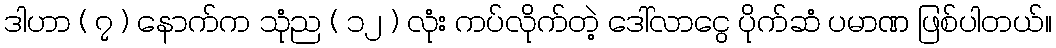
ဒါဟာ ( ၇ ) နောက်က သုံည ( ၁၂ ) လုံး ကပ်လိုက်တဲ့ ဒေါ်လာငွေ ပိုက်ဆံ ပမာဏ ဖြစ်ပါတယ်။